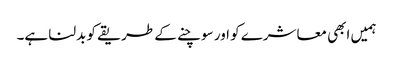
ہمیں ابھی معاشرے کو اور سوچنے کے طریقے کو بدلنا ہے۔